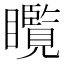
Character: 𱳘